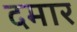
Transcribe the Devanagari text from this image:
दमार